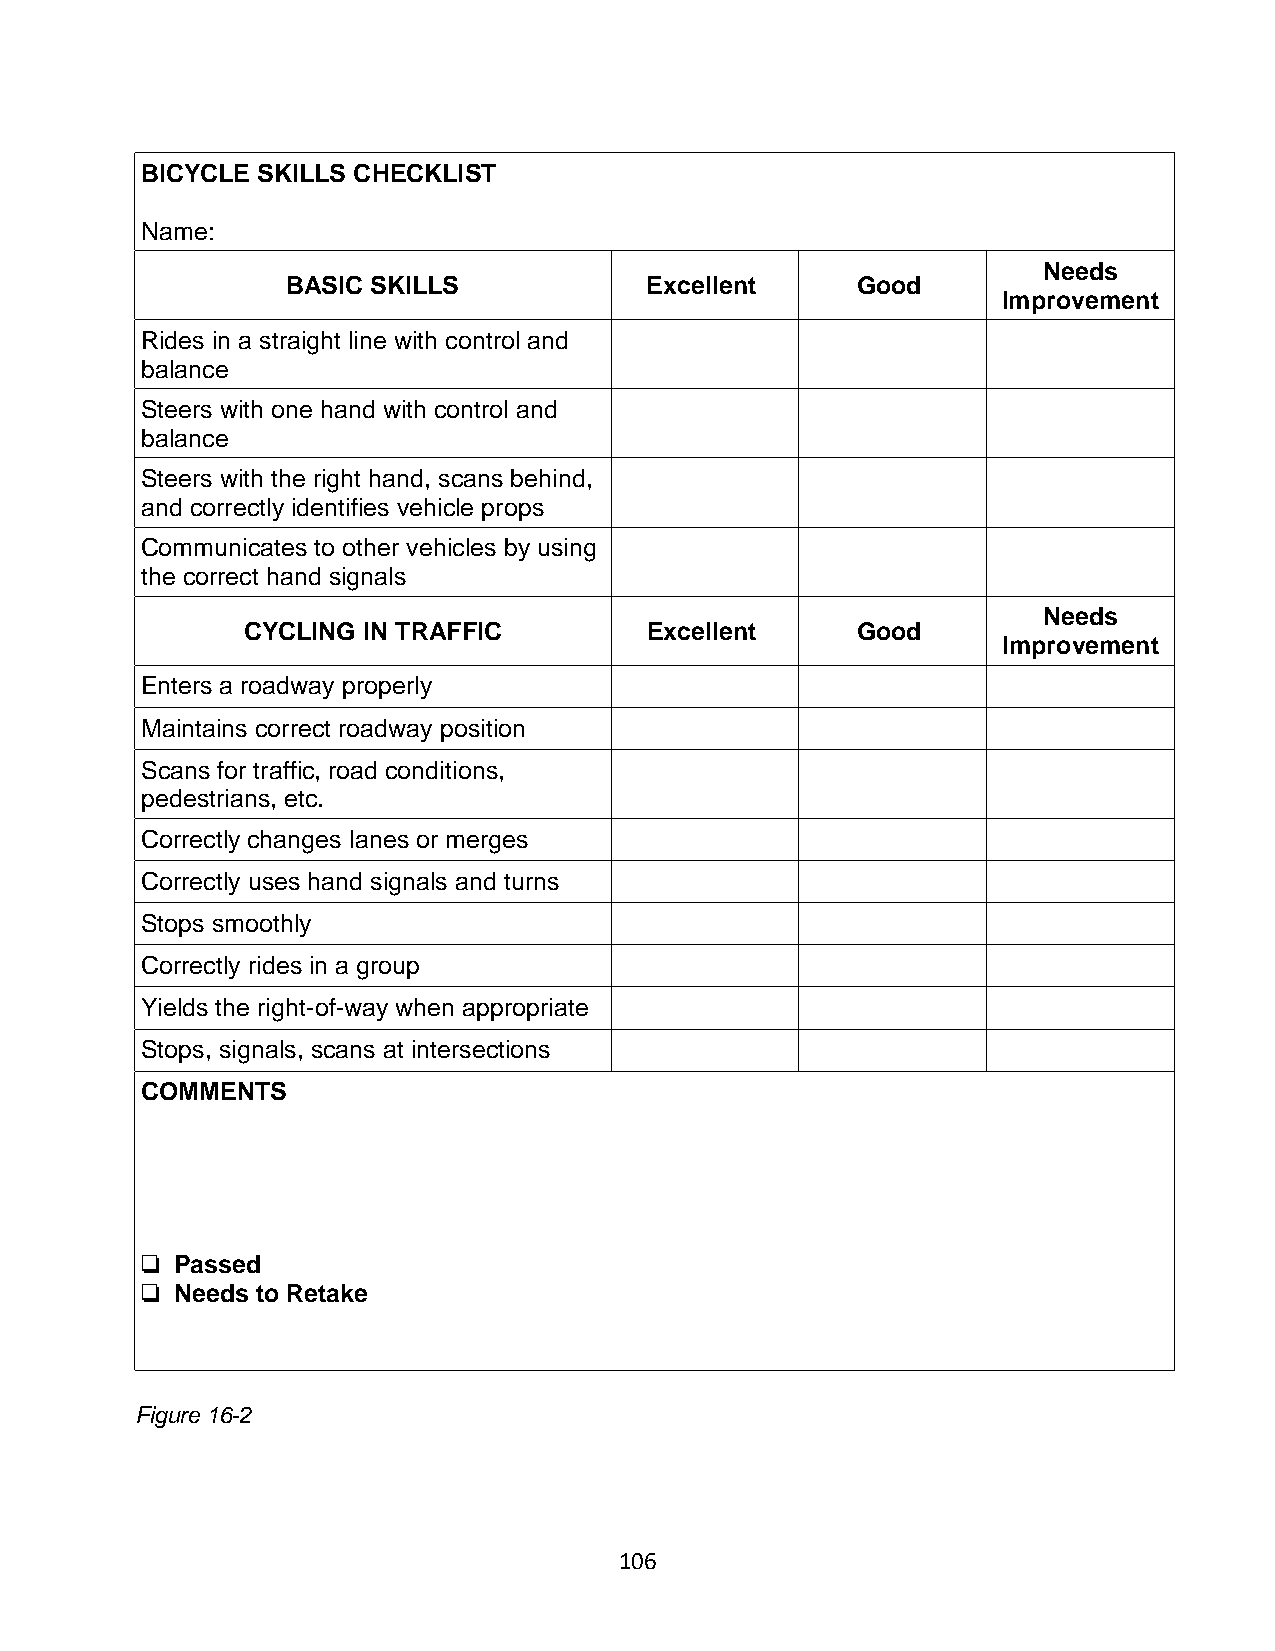
BICYCLE SKILLS CHECKLIST
 Name:
 Needs
 BASIC SKILLS            Excellent     Good
 Improvement
 Rides in a straight line with control and
 balance
 Steers with one hand with control and
 balance
 Steers with the right hand, scans behind,
 and correctly identifies vehicle props
 Communicates to other vehicles by using
 the correct hand signals
 Needs
 CYCLING IN TRAFFIC         Excellent     Good
 Improvement
 Enters a roadway properly
 Maintains correct roadway position
 Scans for traffic, road conditions,
 pedestrians, etc.
 Correctly changes lanes or merges
 Correctly uses hand signals and turns
 Stops smoothly
 Correctly rides in a group
 Yields the right-of-way when appropriate
 Stops, signals, scans at intersections
 COMMENTS
 ❏  Passed
 ❏❏❏❏ Needs to Retake
 Figure 16-2
 106